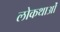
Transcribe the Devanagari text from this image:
लोकथाओं